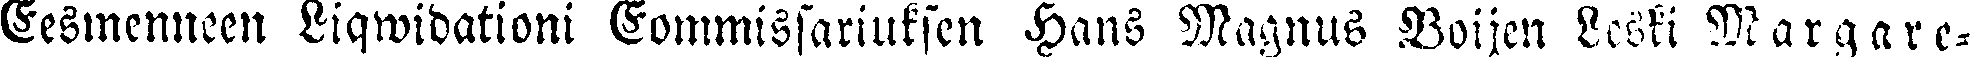
Eesmenneen Liqwidationi Commissariukscn Hans Magnus Boijen Leski Margare-